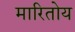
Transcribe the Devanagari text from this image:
मारितोय